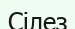
Сілез